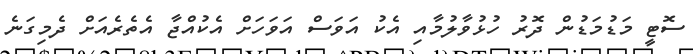
ސޮޓީ މަޑުމަޑުން ދޮރު ހުޅުވާލުމާއި އެކު އަވަސް އަވަހަށް އެކުއްޖާ އެތެރެއަށް ދެމިގަނެ